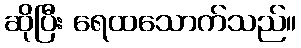
ဆိုပြီး ရေထသောက်သည်။